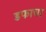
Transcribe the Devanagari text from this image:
डफाचा